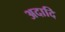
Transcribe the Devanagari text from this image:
अदादि